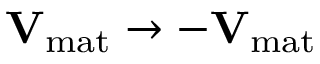
\mathbf { V } _ { \mathrm { m a t } } \to - \mathbf { V } _ { \mathrm { m a t } }